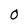
Character: O